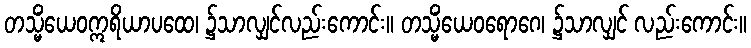
တသ္မိံယေဝဣရိယာပထေ၊ ၌သာလျှင်လည်းကောင်း။ တသ္မိံယေဝရောဂေ၊ ၌သာလျှင် လည်းကောင်း။